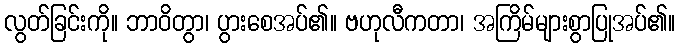
လွတ်ခြင်းကို။ ဘာဝိတွာ၊ ပွားစေအပ်၏။ ဗဟုလီကတာ၊ အကြိမ်များစွာပြုအပ်၏။